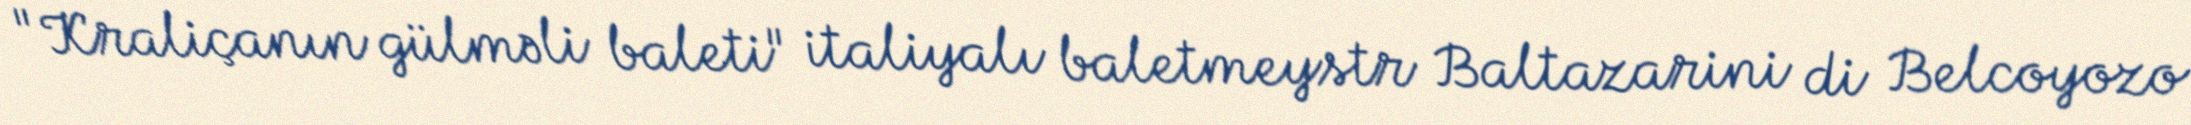
"Kraliçanın gülməli baleti" italiyalı baletmeystr Baltazarini di Belcoyozo